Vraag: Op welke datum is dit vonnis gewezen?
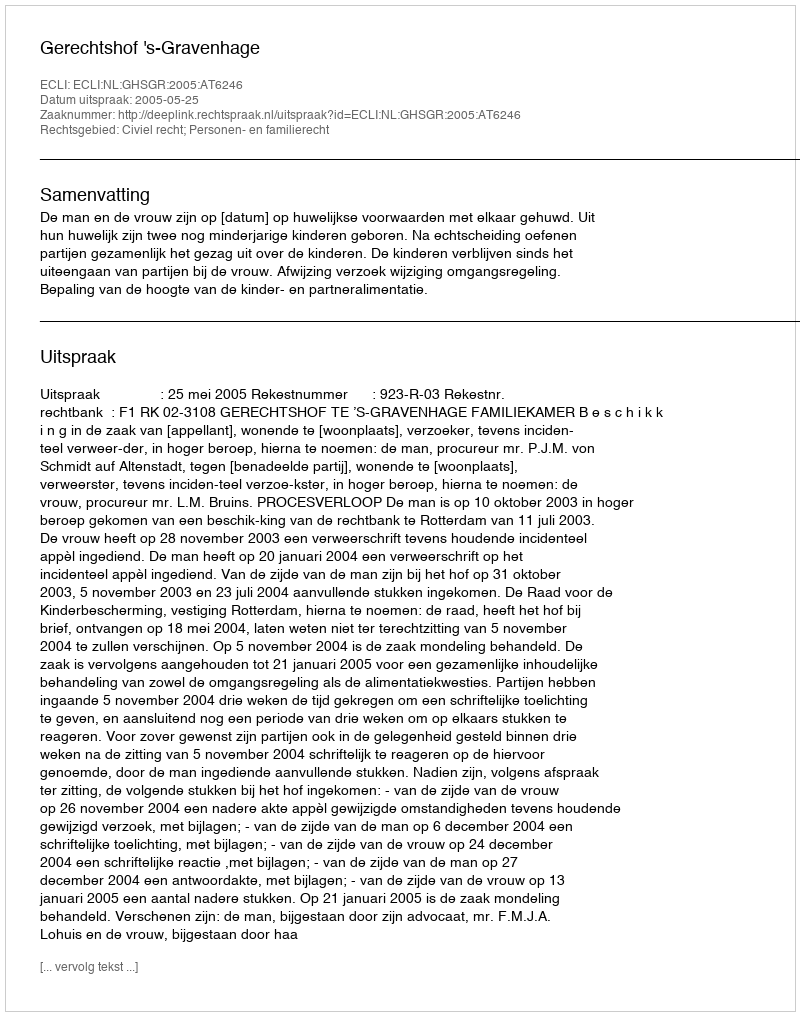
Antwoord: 2005-05-25